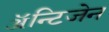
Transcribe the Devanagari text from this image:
ॲन्टिजेन